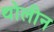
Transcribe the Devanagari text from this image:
थोलीन